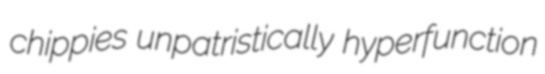
chippies unpatristically hyperfunction